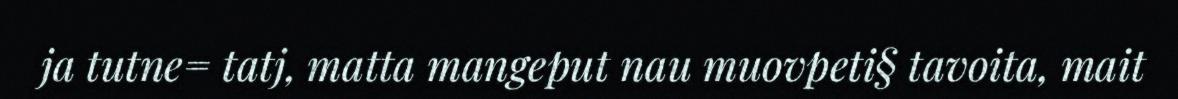
ja tutne= tatj, matta mangeput nau muovpeti§ tavoita, mait